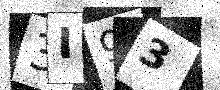
Text: 3I93